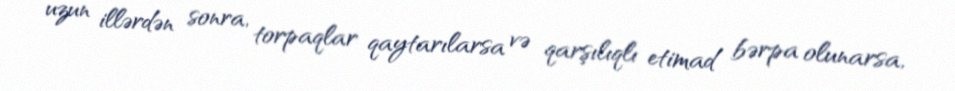
uzun illərdən sonra, torpaqlar qaytarılarsa və qarşılıqlı etimad bərpa olunarsa,